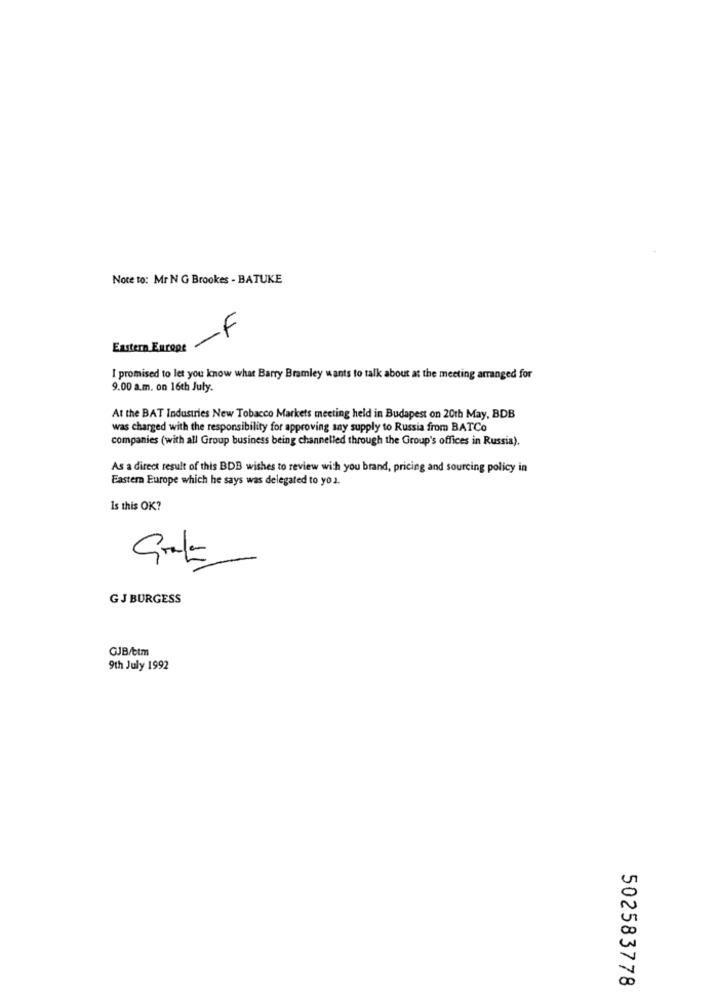
Note to: Mr N G Brookes - BATUKE
-F
Eastern Europe
I promised to let you know what Barry Bramley wants to talk about at the meeting arranged for
9.00 a.m. on 16th July.
At the BAT Industries New Tobacco Markets meeting held in Budapest on 20th May, BDB
was charged with the responsibility for approving say supply to Russia from BATCo
companies (with all Group business being channelled through the Group's offices in Russia).
As a direct result of this BDB wishes to review with you brand, pricing and sourcing policy in
Eastern Europe which he says was delegated to yo 2.
Is this OK?
GJ BURGESS
GJB/btm
9th July 1992
502583778